Document type: Sale
Year: 1235
Scribe: Pere de Bages
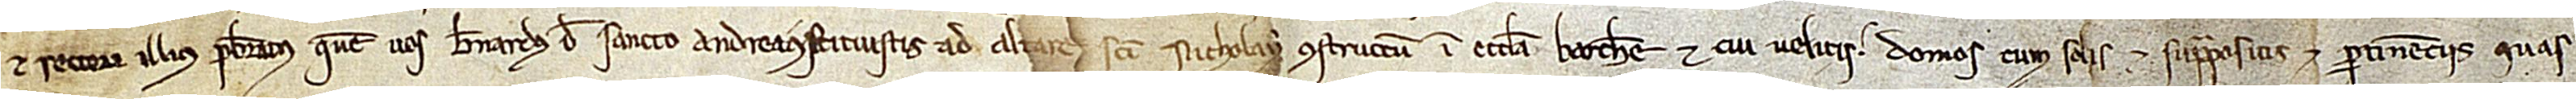
et rectori illius presbiteratus quem vos Bernardus de Sancto Andrea constituistis ad altare Sancti Nicholay constructum in ecclesia Barchinone, et cui velitis domos, cum solis et suprapositis, et pertinenciis quas